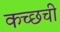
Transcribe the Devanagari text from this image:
कच्छची